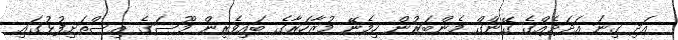
އަދި ގިނަ އަދަދެއްގެ ގޭންގް މެންބަރުން ހިމެނޭ މުޒާހަރާގެ ބައިވެރިން މޫސަގެ އިސްތަށިފުޅުގައި